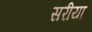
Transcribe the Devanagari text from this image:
सरीया